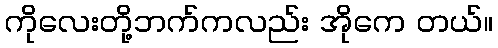
ကိုလေးတို့ဘက်ကလည်း အိုကေ တယ်။